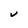
Character: V